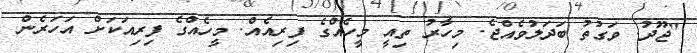
"ޖޫދު. ވަގުތު ބަދަލުވެއްޖެ. މިހާރު ތިއީ މީހެއްގެ ފިރިއެއް. މީހެއްގެ ފިރިއަކަށް އަހަރެން